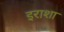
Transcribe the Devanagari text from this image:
इराशा